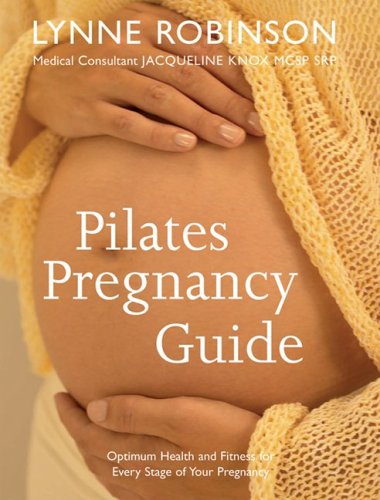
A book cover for Pilates Pregnancy Guide: Optimum Health and Fitness for Every Stage of Your Pregnancy; Lynne Robinson; Health, Fitness & Dieting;